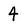
Character: 4